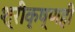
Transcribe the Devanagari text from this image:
श्रीकृष्णही